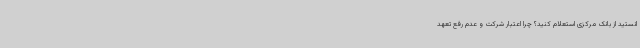
انستید از بانک مرکزی استعلام کنید؟ چرا اعتبار شرکت و عدم رفع تعهد